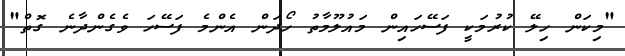
"މިކަން ހިލޭ ކުރުމަކީ ފަސޭހައިން މައުލޫމާތު ހޯދަން އެންމެ ފަސޭހަ ވެގެންދާނެ ގޮތް"